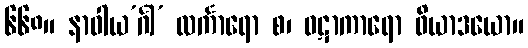
၆၆၈။ နာဝါယ’င်္ဂါ’ လင်္ကာရော စ၊ ဝဋာကာရော ဖိယာဒယော။